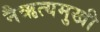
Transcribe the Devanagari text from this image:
नैऋत्यमुखी